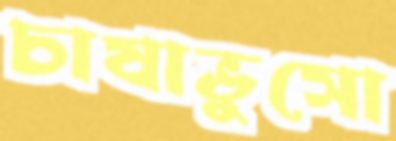
চাষাভুসো